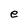
Character: e